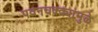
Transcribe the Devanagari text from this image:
पवनचक्क्यांमुळे